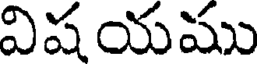
విష యము